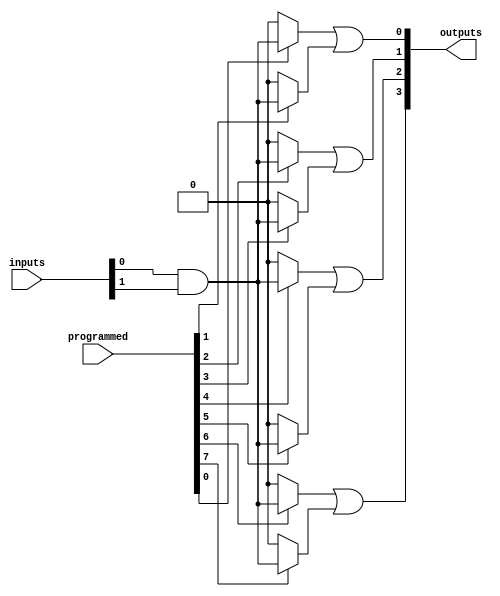
module SPAL (
    input wire [N-1:0] inputs,        // Primary inputs (N bits)
    input wire [M-1:0] programmed,     // Programming signals (M bits)
    output wire [P-1:0] outputs        // Outputs (P bits)
);

// Parameters
parameter N = 8; // Number of inputs
parameter M = 16; // Number of product terms (AND gates)
parameter P = 4;  // Number of outputs

// Programmable AND array
wire [M-1:0] and_out; // Outputs of the AND gates

// Example of programming the AND gates
// Each AND gate output is generated based on programmed connections
genvar i, j;
generate
    for (i = 0; i < M; i = i + 1) begin : and_gate
        assign and_out[i] = (programmed[i] == 1'b1) ? (inputs[0] & inputs[1]) : 1'b0; // Example logic
        // You can customize the inputs for each AND gate based on the programming signal
        // For example, you might want to use different combinations of inputs
        // This is a simple example, and you can expand it based on your needs
    end
endgenerate

// Fixed OR array
assign outputs[0] = and_out[0] | and_out[1]; // Example output logic
assign outputs[1] = and_out[2] | and_out[3]; // Example output logic
assign outputs[2] = and_out[4] | and_out[5]; // Example output logic
assign outputs[3] = and_out[6] | and_out[7]; // Example output logic

endmodule